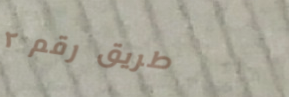
طريق رقم ٢